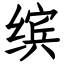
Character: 缤